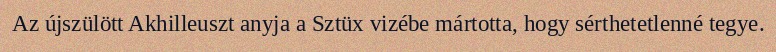
Az újszülött Akhilleuszt anyja a Sztüx vizébe mártotta, hogy sérthetetlenné tegye.